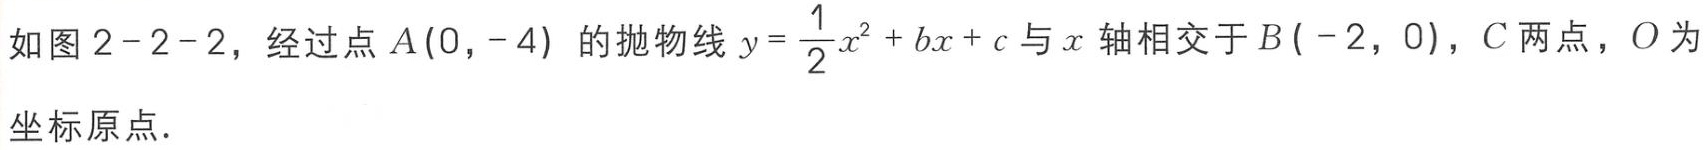
如图2 - 2 - 2，经过点\(A(0,-4)\)的抛物线\(y = \frac{1}{2}x^{2}+bx + c\)与\(x\)轴相交于\(B(-2,0)\)，\(C\)两点，\(O\)为坐标原点.